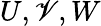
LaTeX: U,\mathscr{V},W